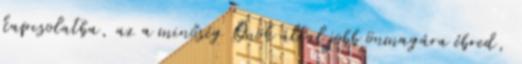
kapcsolatba, az a minőség Önök által jobb önmagára ébred,